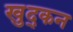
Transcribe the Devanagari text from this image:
खुद्कन